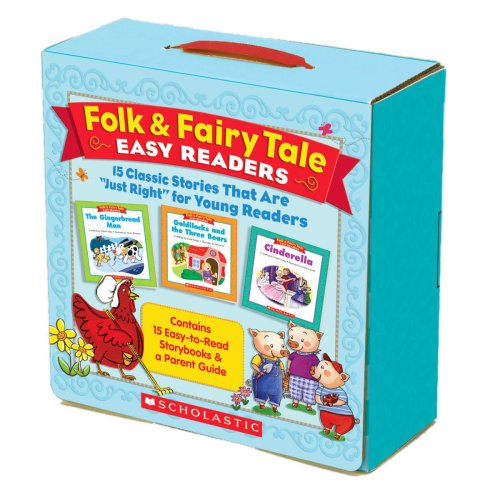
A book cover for Folk & Fairy Tale Easy Readers Parent Pack: 15 Classic Stories That Are "Just Right" for Young Readers; Liza Charlesworth; Education & Teaching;